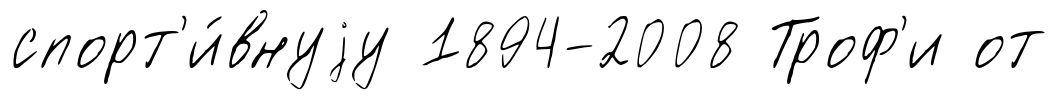
спорт'и́внуjу 1894-2008 Троф'и от